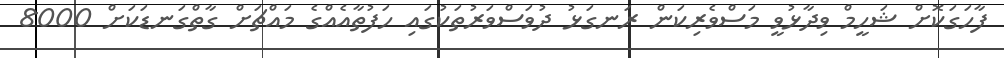
ފާހަގަކޮށް ޝަހީމް ވިދާޅުވީ މަސްވެރިކަން ރަނގަޅު ދުވަސްވަރުތަކުގައި ހަފުތާއެއްގެ މައްޗަށް ގާތްގަނޑަކަށް 8000